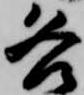
各